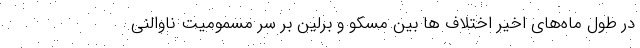
در طول ماه‌های اخیر اختلاف ها بین مسکو و برلین بر سر مسمومیت ناوالنی